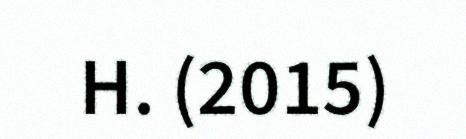
H. (2015)